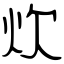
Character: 炊